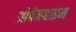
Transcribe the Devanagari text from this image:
ओपेनहाइम